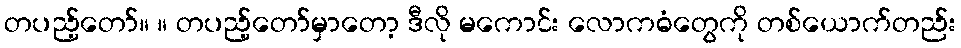
တပည့်တော်။ ။ တပည့်တော်မှာတော့ ဒီလို မကောင်း လောကဓံတွေကို တစ်ယောက်တည်း